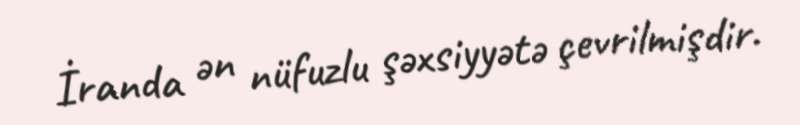
İranda ən nüfuzlu şəxsiyyətə çevrilmişdir.